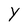
Character: Y